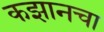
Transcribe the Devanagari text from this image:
कझानचा